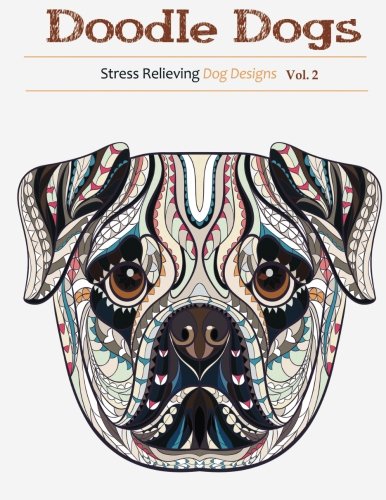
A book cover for Doodle Dogs 2: Stress Relieving Dog Designs (Volume 2); Adult Coloring Books; Humor & Entertainment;